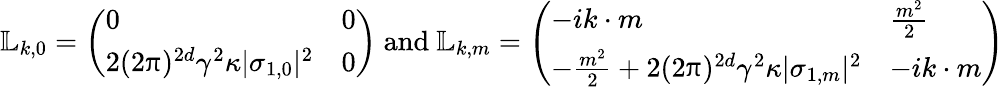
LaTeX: \mathbb L_{k,0}=\left(\begin{array}{ll}{0}&{0}\\ {2(2\uppi)^{2d}\gamma^{2}\kappa|\sigma_{1,0}|^{2}}&{0}\end{array}\right)\mathrm{~and~}\mathbb L_{k,m}=\left(\begin{array}{ll}{-ik\cdot m}&{\frac{m^{2}}2}\\ {-\frac{m^{2}}2+2(2\uppi)^{2d}\gamma^{2}\kappa|\sigma_{1,m}|^{2}}&{-ik\cdot m}\end{array}\right)